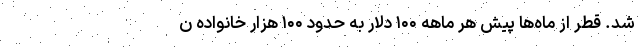
شد. قطر از ماه‌ها پیش هر ماهه ۱۰۰ دلار به حدود ۱۰۰ هزار خانواده ن